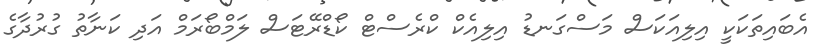
އެބައިތަކަކީ އިލިއަކަސް މަސްގަނޑު އިލިއެކް ކްރެސްޓް ކޯޑްރޭޓަސް ލަމްބޯރަމް އަދި ކަނާތު ގުރުދާގެ